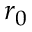
r _ { 0 }